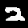
Digit: 2